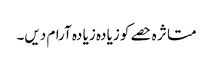
متا ثر ہ حصے کو زیا دہ زیا دہ آرام دیں۔